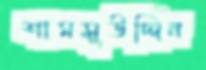
শামসুউদ্দিন